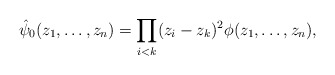
\begin{align*}\hat{\psi}_0(z_1,\ldots,z_n) =\prod_{i<k}(z_i-z_k)^2 \phi(z_1,\ldots,z_n),\end{align*}